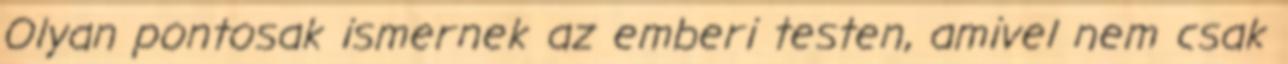
Olyan pontosak ismernek az emberi testen, amivel nem csak